Annual report on the mental hospital in the Central Provinces and Berar (Nagpur) - 1927-1951
Year: 1927
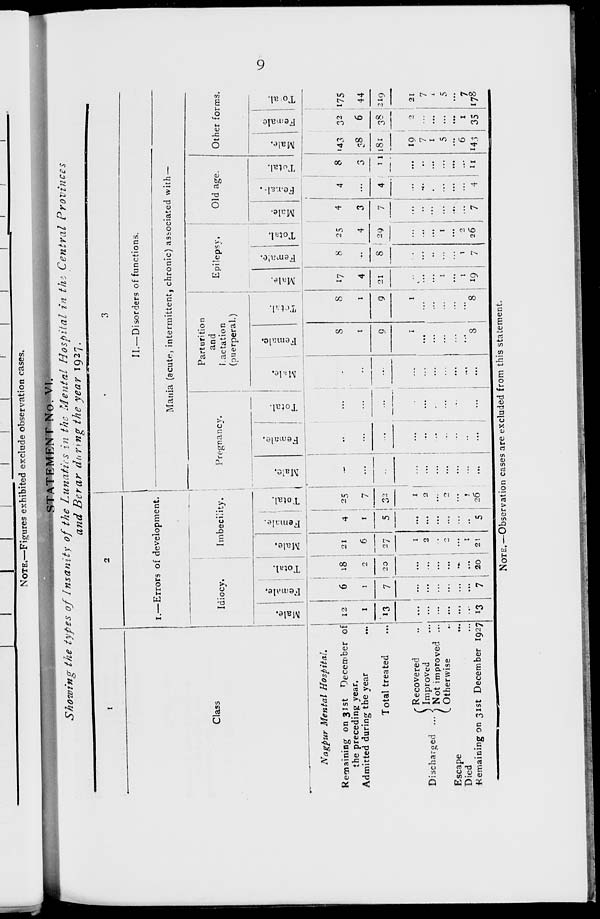
9
STATEMENT No. VI.
Showing the types of Insanity of the Lunatics in the Mental Hospital in the Central
Provinces
and Berar during the year 1927.
1
Class
Nagpur Mental
Hospital.
Remaining on 31st December of
the preceding year.
Admitted during the year ...
Total treated ...
Discharged ...
Recovered ...
Improved ...
Not improved ...
Otherwise ...
Escape ...
Died ...
Remaining on 31st December 1927
2
I.—Errors of development.
Idiocy.
Male.
12
1
13
...
...
...
...
...
...
13
Female.
6
1
7
...
...
...
...
...
...
7
Total.
18
2
20
...
...
...
...
...
...
20
Imbecility.
Male.
21
6
27
1
2
...
2
...
1
21
Female.
4
1
5
...
...
...
...
...
...
5
Total.
25
7
32
1
2
...
2
...
1
26
3
II.—Disorders of functions.
Mania (acute, intermittent, chronic) associated with —
Pregnancy.
Male.
...
...
...
...
...
...
...
...
...
...
Female.
...
...
...
...
...
...
...
...
...
...
Total.
...
...
...
...
...
...
...
...
...
...
Parturition
and
Lactation
(puerperal.)
Male.
...
...
...
...
...
...
...
...
...
...
Female.
8
1
9
1
...
...
...
...
...
8
Total.
8
1
9
1
...
...
...
...
...
8
Epilepsy.
Male.
17
4
21
...
...
...
1
...
1
19
Female.
8
...
8
...
...
...
...
...
1
7
Total.
25
4
29
...
...
...
1
...
2
26
Old age.
Male.
4
3
7
...
...
...
...
...
...
7
Female.
4
...
4
...
...
...
...
...
...
4
Total.
8
3
11
...
...
...
...
...
...
11
Other forms.
Male.
143
38
181
19
7
1
5
...
6
143
Female
32
6
38
2
...
...
...
...
1
35
Total.
175
44
219
21
7
1
5 ...
7
178
NOTE.—Observation cases are excluded from this statement.